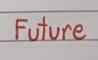
Future